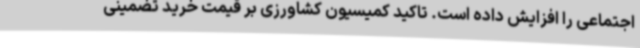
اجتماعی را افزایش داده است. تاکید کمیسیون کشاورزی بر قیمت خرید تضمینی